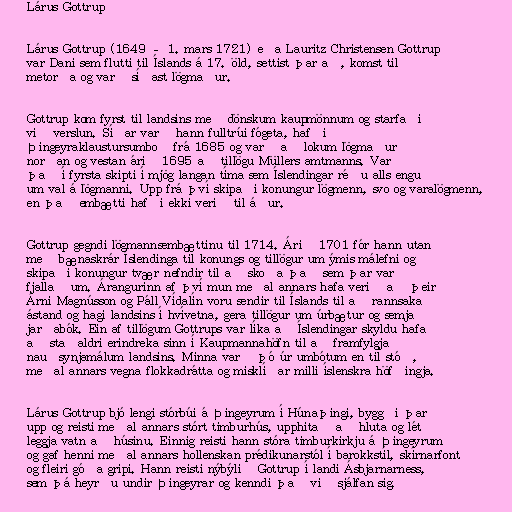
Lárus Gottrup

Lárus Gottrup (1649 – 1. mars 1721) eða Lauritz Christensen Gottrup
var Dani sem flutti til Íslands á 17. öld, settist þar að, komst til
metorða og varð síðast lögmaður.

Gottrup kom fyrst til landsins með dönskum kaupmönnum og starfaði
við verslun. Síðar varð hann fulltrúi fógeta, hafði
Þingeyraklaustursumboð frá 1685 og varð að lokum lögmaður
norðan og vestan árið 1695 að tillögu Müllers amtmanns. Var
það í fyrsta skipti í mjög langan tíma sem Íslendingar réðu alls engu
um val á lögmanni. Upp frá því skipaði konungur lögmenn, svo og varalögmenn,
en það embætti hafði ekki verið til áður.

Gottrup gegndi lögmannsembættinu til 1714. Árið 1701 fór hann utan
með bænaskrár Íslendinga til konungs og tillögur um ýmis málefni og
skipaði konungur tvær nefndir til að skoða það sem þar var
fjallað um. Árangurinn af því mun meðal annars hafa verið að þeir
Árni Magnússon og Páll Vídalín voru sendir til Íslands til að rannsaka
ástand og hagi landsins í hvívetna, gera tillögur um úrbætur og semja
jarðabók. Ein af tillögum Gottrups var líka að Íslendingar skyldu hafa
að staðaldri erindreka sinn í Kaupmannahöfn til að framfylgja
nauðsynjamálum landsins. Minna varð þó úr umbótum en til stóð,
meðal annars vegna flokkadrátta og misklíðar milli íslenskra höfðingja.

Lárus Gottrup bjó lengi stórbúi á Þingeyrum í Húnaþingi, byggði þar
upp og reisti meðal annars stórt timburhús, upphitað að hluta og lét
leggja vatn að húsinu. Einnig reisti hann stóra timburkirkju á Þingeyrum
og gaf henni meðal annars hollenskan prédikunarstól í barokkstíl, skírnarfont
og fleiri góða gripi. Hann reisti nýbýlið Gottrup í landi Ásbjarnarness,
sem þá heyrðu undir Þingeyrar og kenndi það við sjálfan sig.